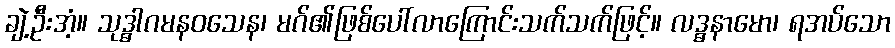
ချဲ့ဦးအံ့။ သုဒ္ဓါဂမနဝသေန၊ မဂ်၏ဖြစ်ပေါ်လာကြောင်းသက်သက်ဖြင့်။ လဒ္ဓနာမော၊ ရအပ်သော